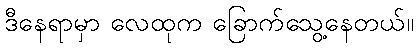
ဒီနေရာမှာ လေထုက ခြောက်သွေ့နေတယ်။